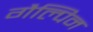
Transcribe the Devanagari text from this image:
गैल्पिन